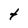
Character: t